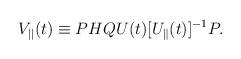
LaTeX: \begin{align*}V_{||}(t)\equiv PHQ U(t) [ U_{\parallel}(t)]^{-1}P .\end{align*}